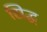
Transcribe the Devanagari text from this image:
सिद्ध्